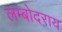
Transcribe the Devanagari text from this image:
लम्बोदराय